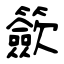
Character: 籨